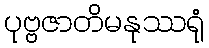
ပုဗ္ဗဇာတိမနုဿရုံ